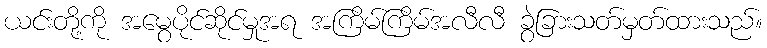
ယင်းတို့ကို အမွေပိုင်ဆိုင်မှုအရ အကြိမ်ကြိမ်အလီလီ ခွဲခြားသတ်မှတ်ထားသည်။